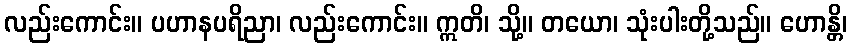
လည်းကောင်း။ ပဟာနပရိညာ၊ လည်းကောင်း။ ဣတိ၊ သို့။ တယော၊ သုံးပါးတို့သည်။ ဟောန္တိ၊